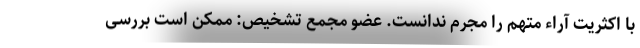
با اکثریت آراء متهم را مجرم ندانست. عضو مجمع تشخیص: ممکن است بررسی